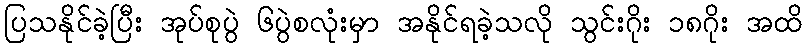
ပြသနိုင်ခဲ့ပြီး အုပ်စုပွဲ ၆ပွဲစလုံးမှာ အနိုင်ရခဲ့သလို သွင်းဂိုး ၁၈ဂိုး အထိ